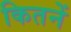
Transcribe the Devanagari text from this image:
कितनें